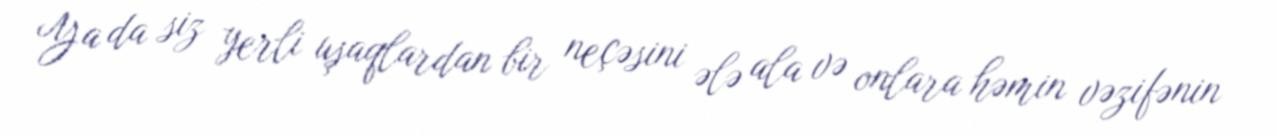
Ya da siz yerli uşaqlardan bir neçəsini ələ ala və onlara həmin vəzifənin